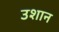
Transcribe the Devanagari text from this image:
उशान